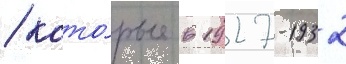
/ кото́рые в 1927-1932